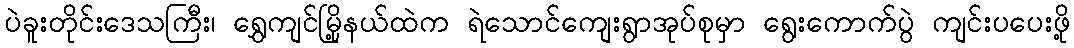
ပဲခူးတိုင်းဒေသကြီး၊ ရွှေကျင်မြို့နယ်ထဲက ရဲသောင်ကျေးရွာအုပ်စုမှာ ရွေးကောက်ပွဲ ကျင်းပပေးဖို့